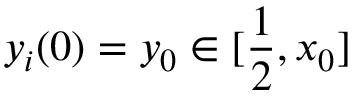
y _ { i } ( 0 ) = y _ { 0 } \in [ \frac { 1 } { 2 } , x _ { 0 } ]